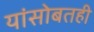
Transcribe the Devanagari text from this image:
यांसोबतही